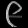
Digit: ၉